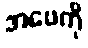
အဖေကို